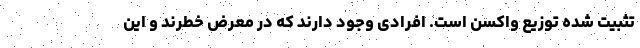
تثبیت شده توزیع واکسن است. افرادی وجود دارند که در معرض خطرند و این